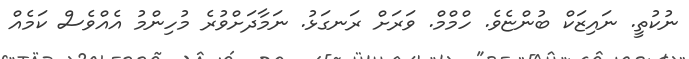
ނުކުތީ. ނައިޒަކް ބުންޏެވެ. ހްމްމް. ވަރަށް ރަނގަޅު. ނަމާދަށްވުރެ މުހިންމު އެއްވެސް ކަމެއް